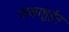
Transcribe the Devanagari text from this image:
गाकाशुईन